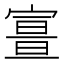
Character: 𡪏